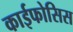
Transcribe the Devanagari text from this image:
काईफोसिस